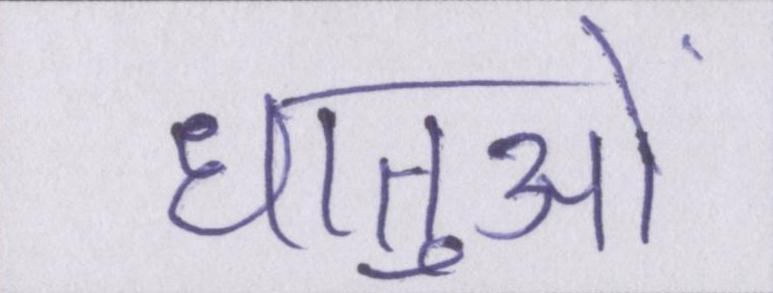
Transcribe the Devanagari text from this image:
धातुओं